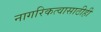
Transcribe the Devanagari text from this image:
नागरिकत्वासाठीही